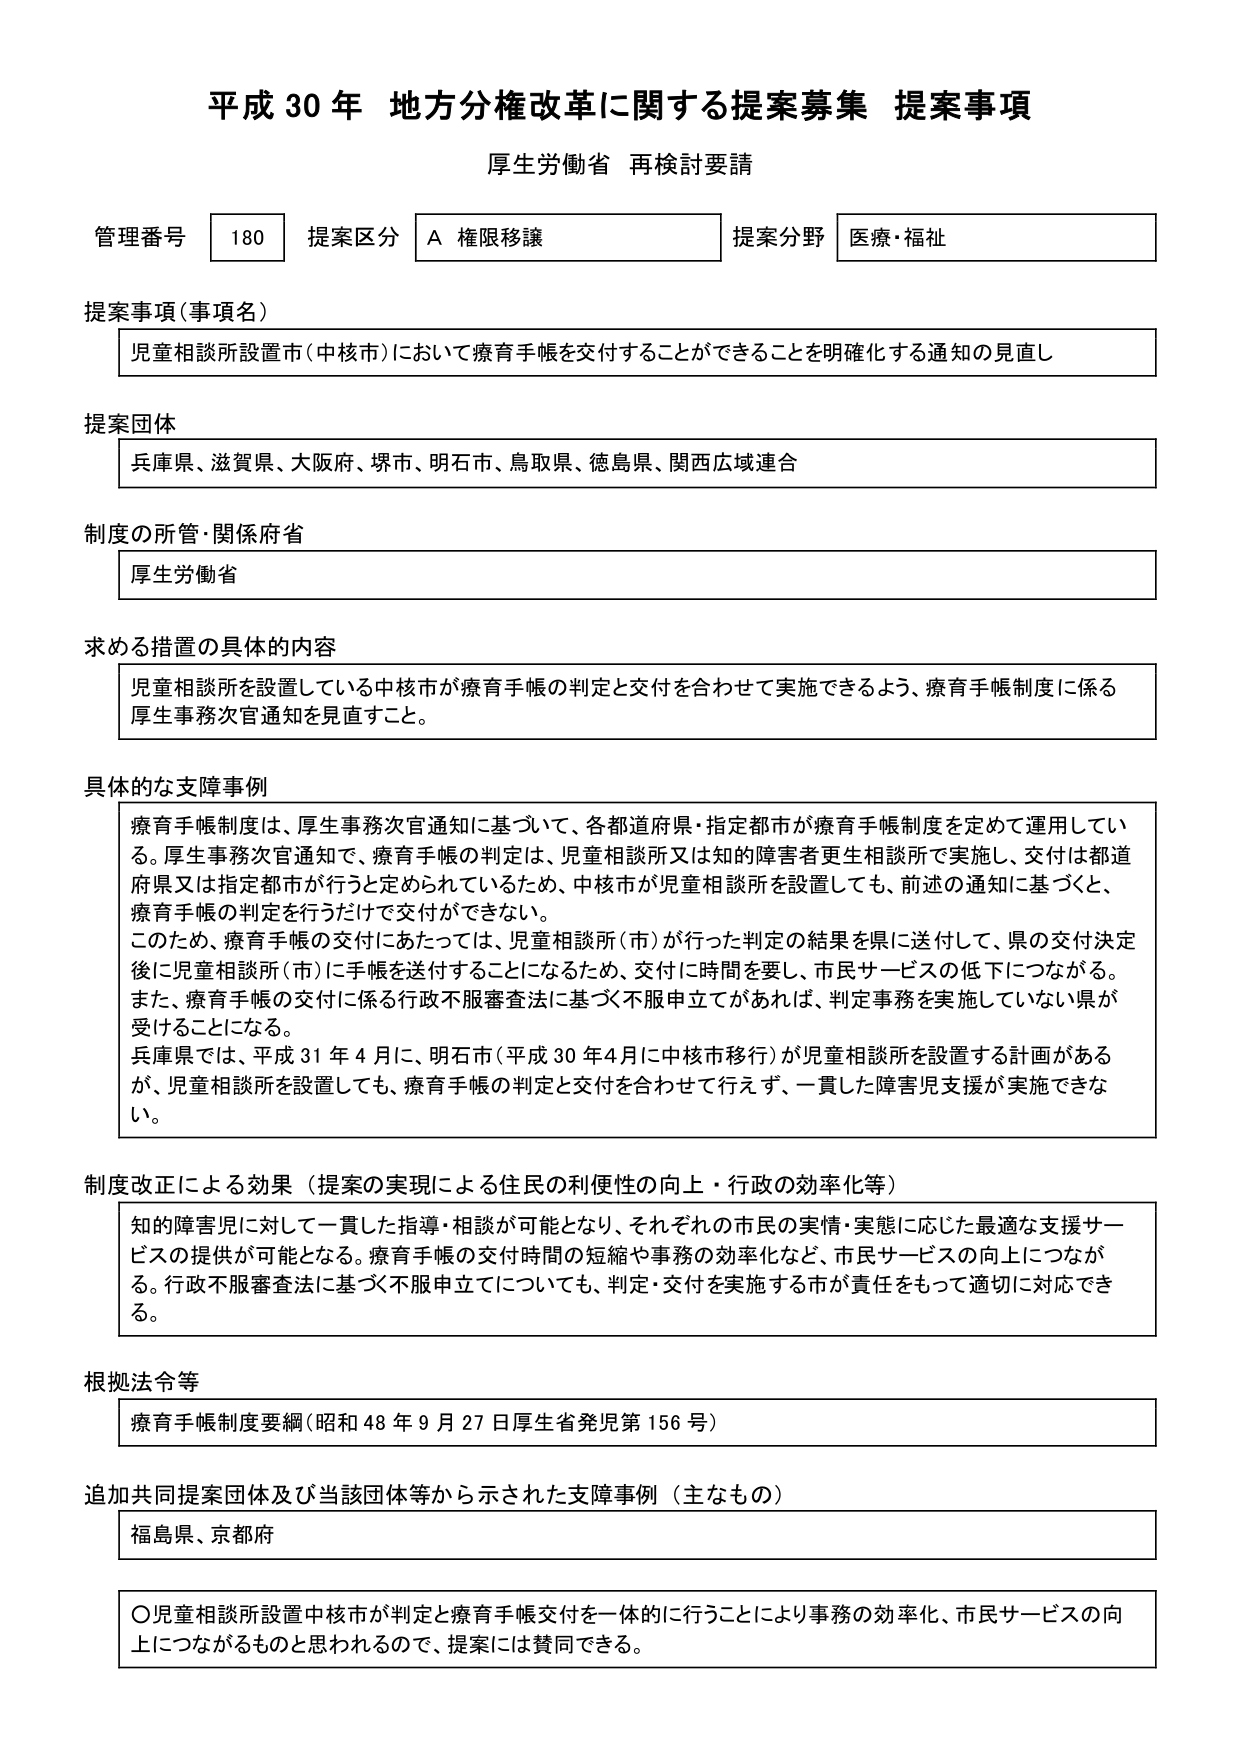
平成30年 地方分権改革に関する提案募集 提案事項
厚生労働省 再検討要請

管理番号 180 提案区分 A 権限移譲 提案分野 医療・福祉

提案事項（事項名）
児童相談所設置市（中核市）において療育手帳を交付することができることを明確化する通知の見直し

提案団体
兵庫県、滋賀県、大阪府、堺市、明石市、鳥取県、徳島県、関西広域連合

制度の所管・関係府省
厚生労働省

求める措置の具体的内容
児童相談所を設置している中核市が療育手帳の判定と交付を合わせて実施できるよう、療育手帳制度に係る厚生事務次官通知を見直すこと。

具体的な支障事例
療育手帳制度は、厚生事務次官通知に基づいて、各都道府県・指定都市が療育手帳制度を定めて運用している。厚生事務次官通知で、療育手帳の判定は、児童相談所又は知的障害者更生相談所で実施し、交付は都道府県又は指定都市が行うと定められているため、中核市が児童相談所を設置しても、前述の通知に基づくと、療育手帳の判定を行うだけで交付ができていない。
このため、療育手帳の交付にあたっては、児童相談所（市）が行った判定の結果を県に送付して、県の交付決定後に児童相談所（市）に手帳を送付することになるため、交付に時間を要し、市民サービスの低下につながる。また、療育手帳の交付に係る行政不服審査法に基づく不服申立てがあれば、判定事務を実施していない県が受けることになる。
兵庫県では、平成31年4月に、明石市（平成30年4月に中核市移行）が児童相談所を設置する計画があるが、児童相談所を設置しても、療育手帳の判定と交付を合わせて行えず、一貫した障害児支援が実施できない。

制度改正による効果（提案の実現による住民の利便性の向上・行政の効率化等）
知的障害児に対して一貫した指導・相談が可能となり、それぞれの市民の実情・実態に応じた最適な支援サービスの提供が可能となる。療育手帳の交付時間の短縮や事務の効率化など、市民サービスの向上につながる。行政不服審査法に基づく不服申立てについても、判定・交付を実施する市が責任をもって適切に対応できる。

根拠法令等
療育手帳制度要綱（昭和48年9月27日厚生省発児第156号）

追加共同提案団体及び当該団体等から示された支障事例（主なもの）
福島県、京都府

〇児童相談所設置中核市が判定と療育手帳交付を一体的に行うことにより事務の効率化、市民サービスの向上につながるものと思われるので、提案には賛同できる。